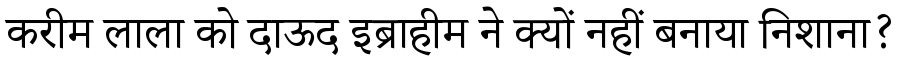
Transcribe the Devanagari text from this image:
करीम लाला को दाऊद इब्राहीम ने क्यों नहीं बनाया निशाना?